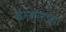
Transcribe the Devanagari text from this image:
खेमकरणच्या